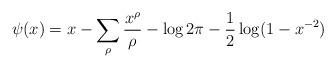
LaTeX: \begin{align*} \psi(x) = x - \sum_{\rho} \frac{x^\rho}{\rho}-\log 2\pi - \frac{1}{2} \log(1-x^{-2})\end{align*}